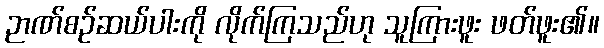
ဉာဏ်စဉ်ဆယ်ပါးကို လိုက်ကြသည်ဟု သူကြားဖူး ဖတ်ဖူး၏။